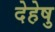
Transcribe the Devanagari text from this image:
देहेषु